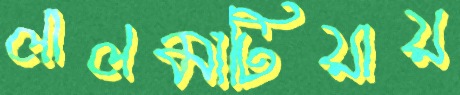
লালমাটিয়ায়